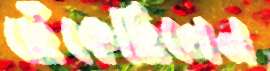
ছেঁকেছিলেন